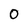
Character: 0